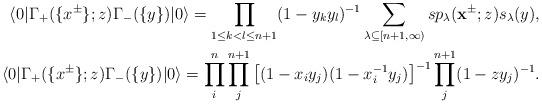
LaTeX: \begin{align*}\langle 0|\Gamma_+(\{x^{\pm}\};z)\Gamma_-(\{y\})|0\rangle=\prod_{1\leq k< l\leq n+1}(1-y_ky_l)^{-1}\sum_{\lambda\subseteq [n+1,\infty)}sp_\lambda(\mathbf{x}^{\pm};z)s_\lambda(y),\\\langle 0|\Gamma_+(\{x^{\pm}\};z)\Gamma_-(\{y\})|0\rangle=\prod^{n}_{i}\prod^{n+1}_{j}\left[(1-x_iy_j)(1-x^{-1}_iy_j)\right]^{-1}\prod^{n+1}_{j}(1-zy_j)^{-1}.\end{align*}